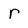
Character: r